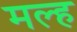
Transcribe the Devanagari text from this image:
मल्ह